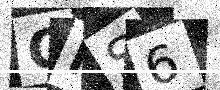
Text: CNS6